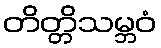
တိတ္တိသမ္ဘဝံ